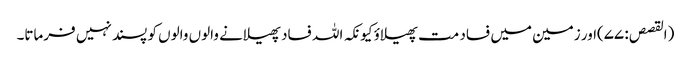
(القصص: ۷۷)اور زمین میں فساد مت پھیلاؤ کیونکہ اللہ فساد پھیلانے والوں والوں کو پسند نہیں فرماتا۔